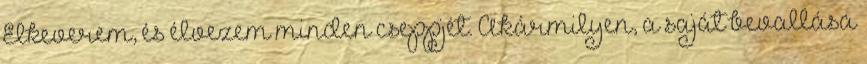
Elkeverem, és élvezem minden cseppjét. Akármilyen, a saját bevallása